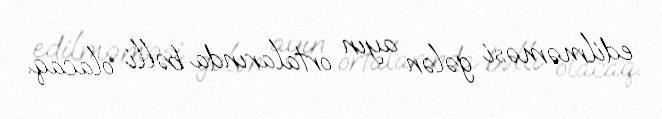
edilməməsi gələn ayın ortalarında bəlli olacaq.